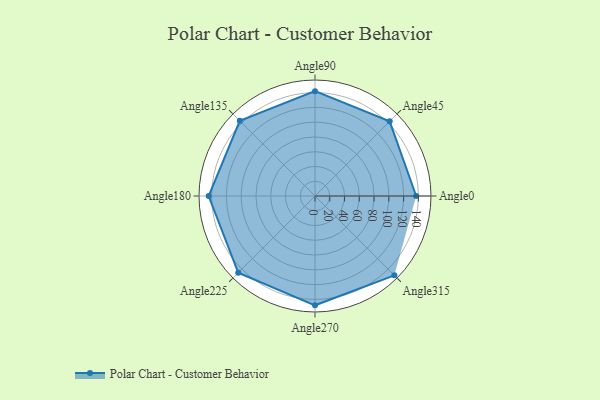
{"axis": {"x": "Angle", "y": "Radius"}, "legend": [""], "data": [{"x": "Angle0", "y": 137.0, "type": ""}, {"x": "Angle45", "y": 143.0, "type": ""}, {"x": "Angle90", "y": 142.0, "type": ""}, {"x": "Angle135", "y": 144.0, "type": ""}, {"x": "Angle180", "y": 144.0, "type": ""}, {"x": "Angle225", "y": 147.0, "type": ""}, {"x": "Angle270", "y": 148.0, "type": ""}, {"x": "Angle315", "y": 152.0, "type": ""}]}